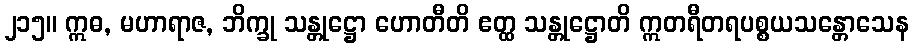
၂၁၅။ ဣဓ, မဟာရာဇ, ဘိက္ခု သန္တုဋ္ဌော ဟောတီတိ ဧတ္ထ သန္တုဋ္ဌောတိ ဣတရီတရပစ္စယသန္တောသေန